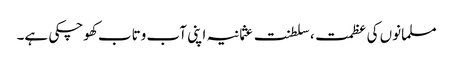
مسلمانوں کی عظمت، سلطنت عثمانیہ اپنی آب وتاب کھوچکی ہے۔